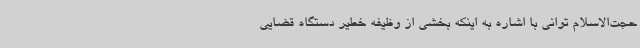
حجت‌الاسلام توانی با اشاره به اینکه بخشی از وظیفه خطیر دستگاه قضایی